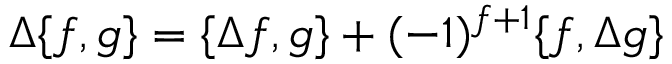
\Delta \{ f , g \} = \{ \Delta f , g \} + ( - 1 ) ^ { f + 1 } \{ f , \Delta g \}